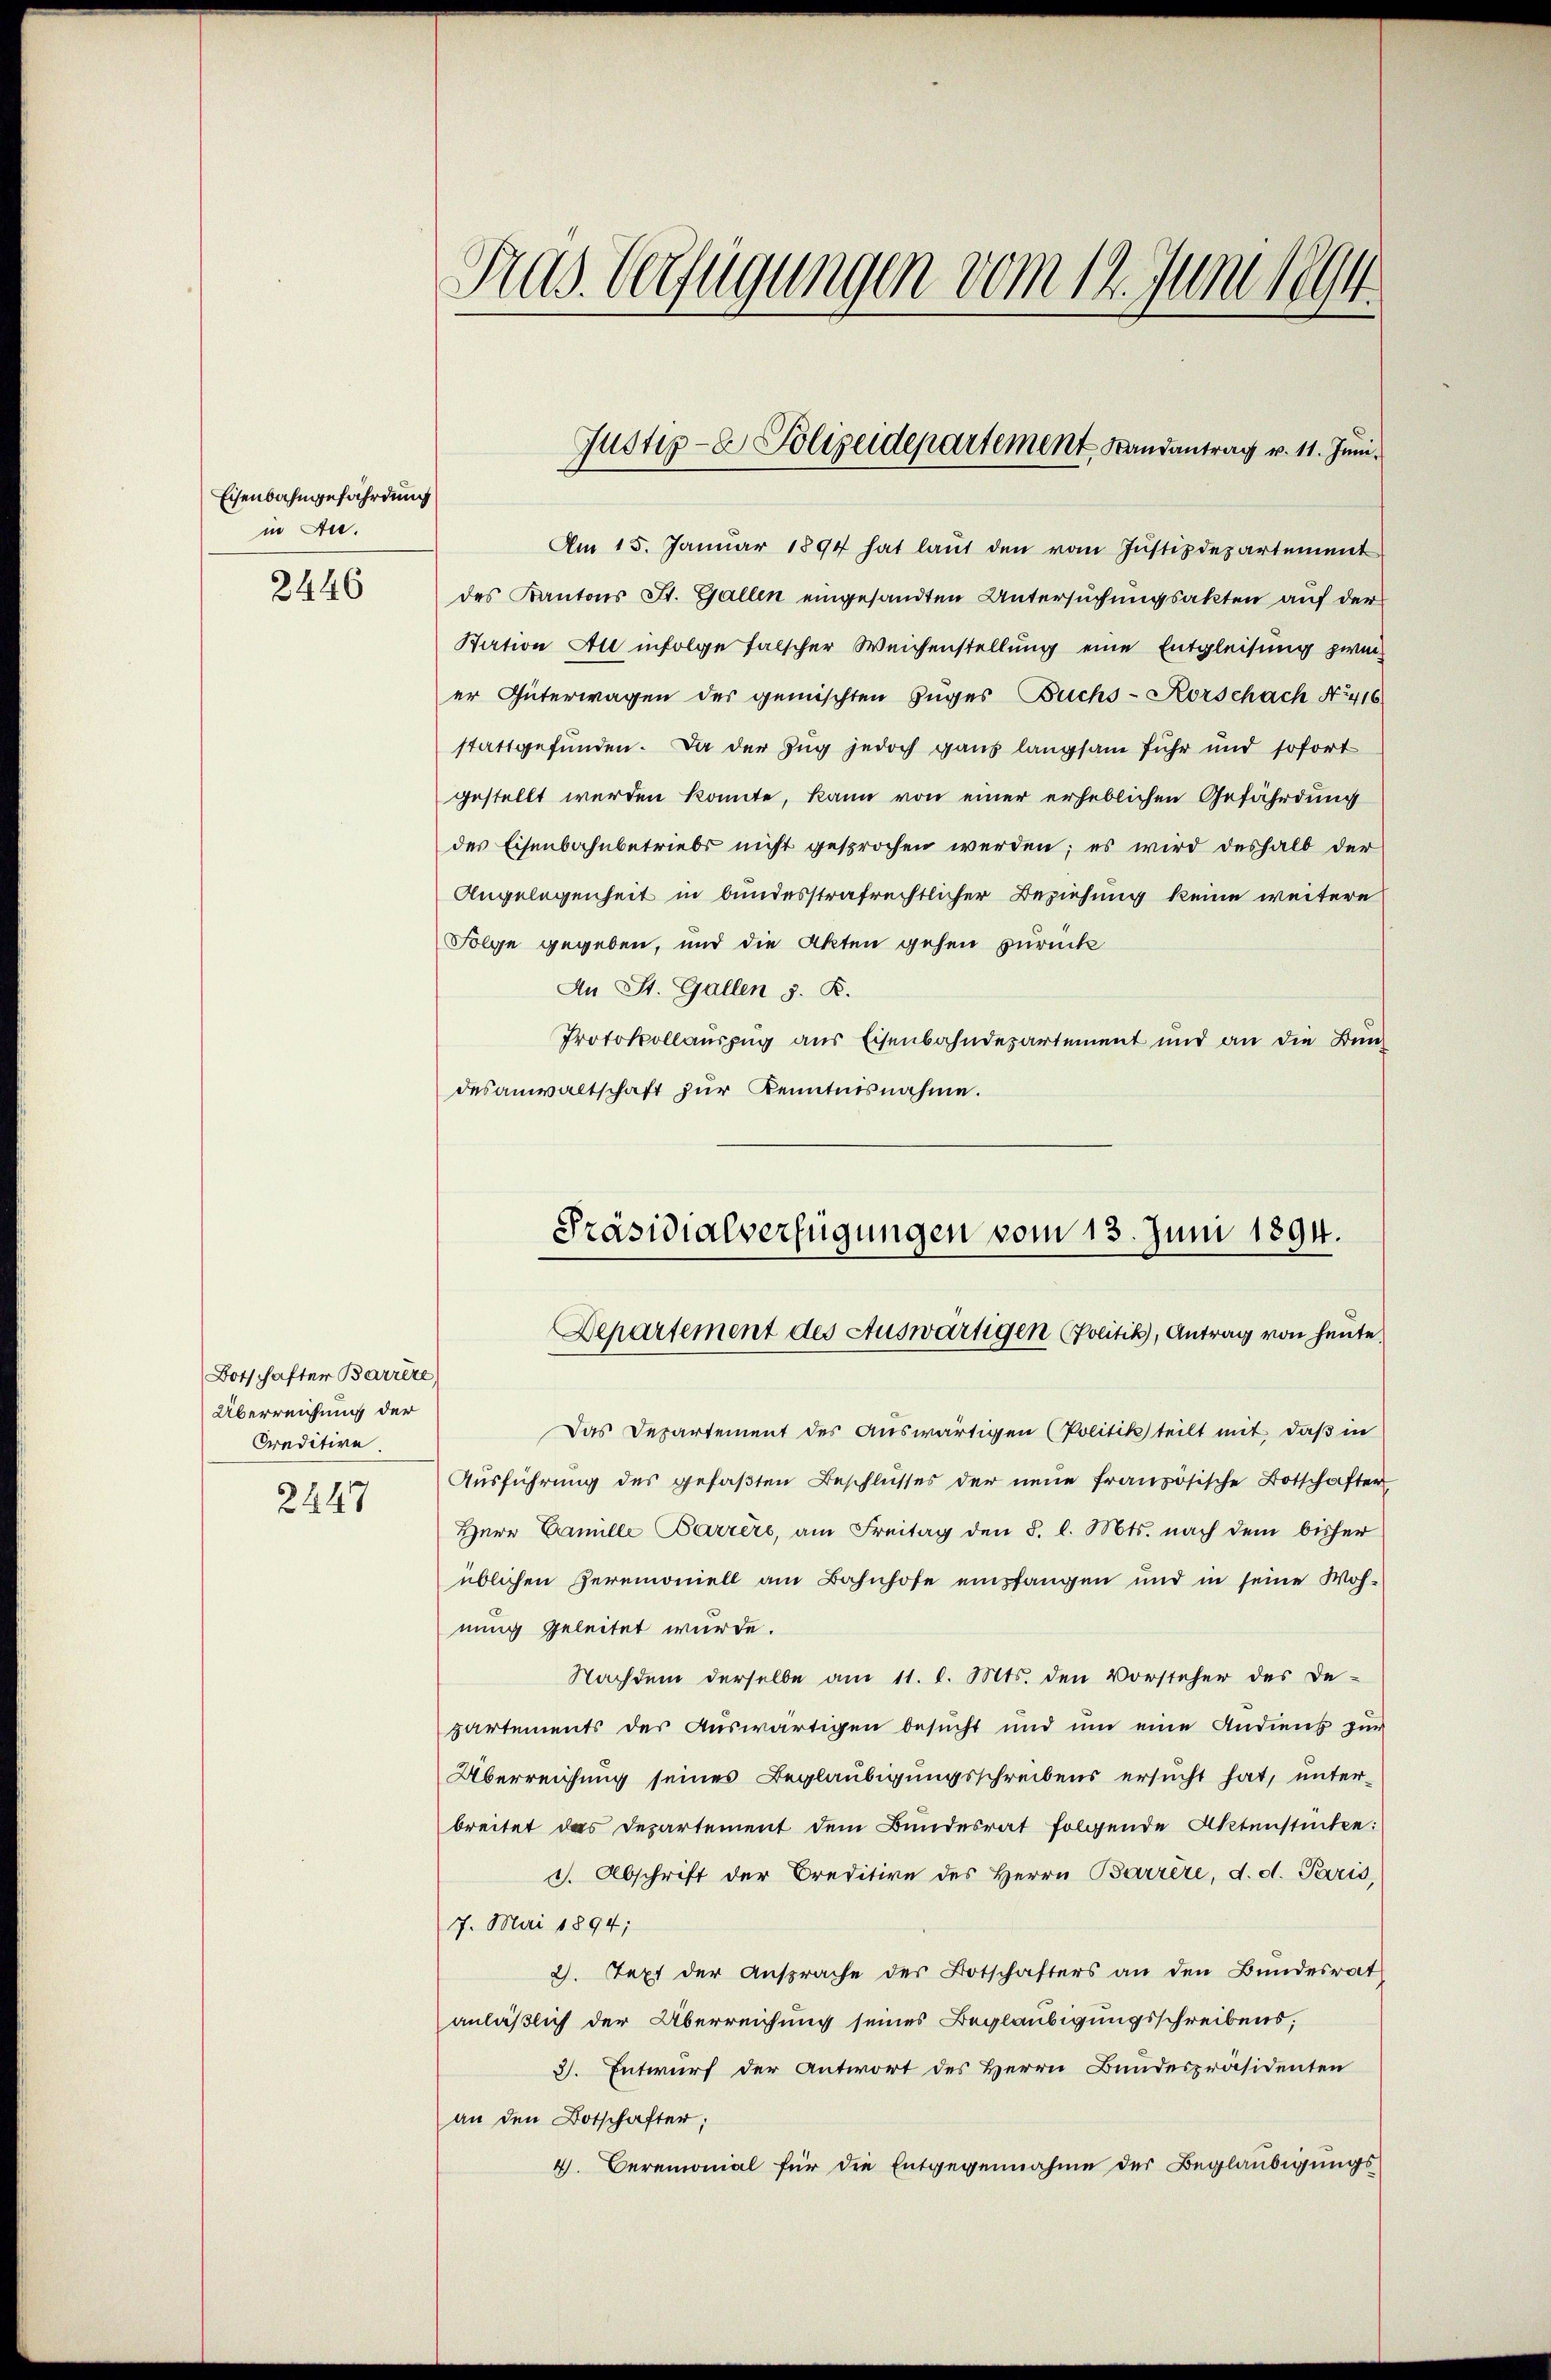
Eisenbahngefährdung
in An¬
2446

Botschafter Barrete,
Überreichung der
Creditire
2447

Pras. Verfügungen vom 12. Juni 1894.

Am 15. Januar 1894 hat laut den vom Justizdepartement
des Kantons St. Gallen eingesandten Untersuchungsakten auf der
Station All infolge falscher Weichenstellung eine Entgleisung zweier Güterwagen des gemischten Zuges Buchs-Korschach No. 416
stattgefunden. Da der Zug jedoch gans langsam fuhr und sofort
gestellt werden könnte, kann von einer erheblichen Gefährdung
des Eisenbahnbetriebs nicht gesprochen werden; es wird deshalb der
Angelegenheit in bundesstrafrechtlicher Beziehung keine weitere
Folge gegeben, und die Akten gehen zurück
An St. Gallen d. R.
Protokollauszug aus Eisenbahndepartement und an die Bundesanwaltschaft zur Kenntnisnahme.

Das Departement des Auswärtigen (Politik teilt mit, daß in
Ausführung des gefaßten Beschlusses der neue französische Botschafter
Herr Camille Barrers, am Freitag den §. l. Mts. nach dem bisher
üblichen Zeremoniell am Bahnhofe empfangen und in seine Wohnung geleitet wurde.
Nachdem derselbe am 11. d. Mts. den Vorsteher des De-
partements der Auswärtigen besucht und ŭm eine Andiens zur
Überreichung seines Beglaubigungsschreibens ersucht hat, unterbreitet das Departement dem Bundesrat folgende Aktenstücken:
s. Abschrift der Creditire des Herrn Barrère, d. d. Paris,
7. Mai 1894;
2. Text der Ansprache des Botschafters an den Bundesrat
anläßlich der Überreichung seines Beglaubigungsschreibens;
3). Entwurf der Antwort des Herrn Bundespräsidenten
an den Botschafter;
4. Ceremonial für die Entgegennahme der Beglaubigungs-

Justiz- Polizeidepartement Randantrag v. 11. Juni.

Präsidialverfügungen vom 13. Juni 1894.
Departement des Auswärtigen (Politik, Antrag von heute